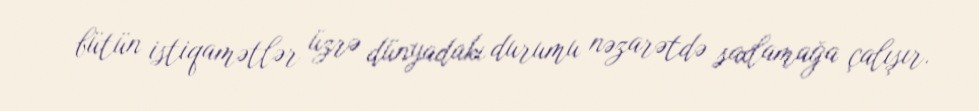
bütün istiqamətlər üzrə dünyadakı durumu nəzarətdə saxlamağa çalışır.